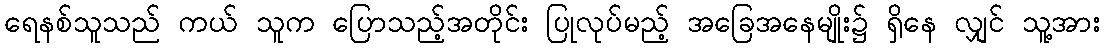
ရေနစ်သူသည် ကယ် သူက ပြောသည့်အတိုင်း ပြုလုပ်မည့် အခြေအနေမျိုး၌ ရှိနေ လျှင် သူ့အား